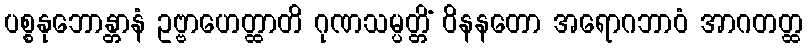
ပစ္စနုဘောန္တာနံ ဥဗ္ဗာဟေတ္ထာတိ ဂုဏသမ္ပတ္တိံ ဝိနနတော အရောဂဘာဝံ အာဂတတ္ထ